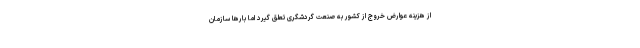
از هزینه عوارض خروج از کشور به صنعت گردشگری تعلق گیرد اما بارها سازمان